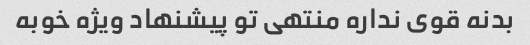
بدنه قوی نداره منتهی تو پیشنهاد ویژه خوبه